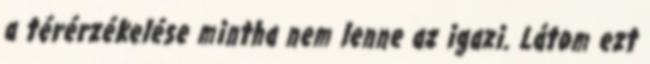
a térérzékelése mintha nem lenne az igazi. Látom ezt